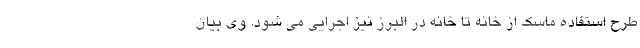
طرح استفاده ماسک از خانه تا خانه در البرز نیز اجرایی می شود. وی بیان